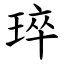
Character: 琗